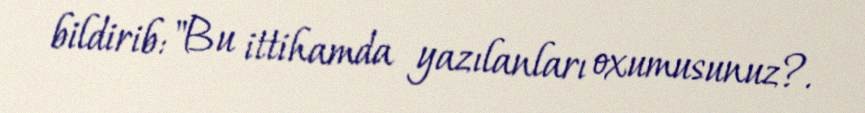
bildirib: "Bu ittihamda yazılanları oxumusunuz?.